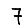
Digit: 7